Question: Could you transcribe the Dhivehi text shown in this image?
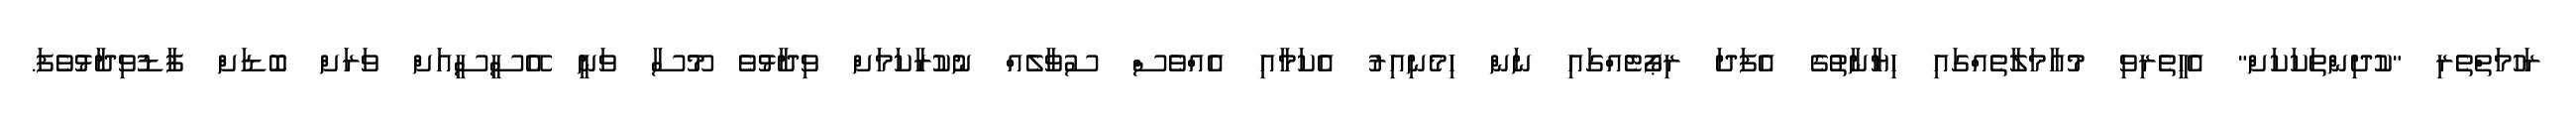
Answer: ރަހުމަތްތެރި "ކުދިންތަކަކަށް" އެހީތެރިވި މުއާމަލާތެއްގައި ހިޔާނާތުގެ އެފަދަ ރިޕޯޓެއްގައި ނަން ހިމެނިއިރު އެކަމާއި އެއްވެސް ސުވާލެއް ނުކުރާކަމަށް ވިދާޅުވެ މޫސާ ވަނީ އޭސީސީއަށް ވަރަށް ބޮޑަށް ފާޑުވިދާޅުވެފަ.